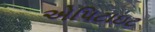
એપિટાઇટ